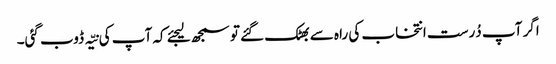
اگر آپ دُرست انتخاب کی راہ سے بھٹک گئے تو سمجھ لیجئے کہ آپ کی نیّہ ڈوب گئی۔